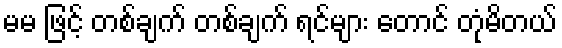
မမ ဖြင့် တစ်ချက် တစ်ချက် ရင်များ တောင် တုံမိတယ်